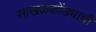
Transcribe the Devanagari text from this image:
साखळकोंड्याची